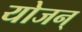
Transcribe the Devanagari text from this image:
योजन्